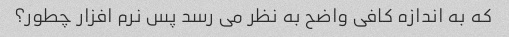
که به اندازه کافی واضح به نظر می رسد پس نرم افزار چطور؟